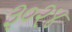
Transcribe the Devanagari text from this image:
३०२४